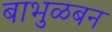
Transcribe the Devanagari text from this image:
बाभुळबन